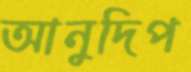
আনুদিপ